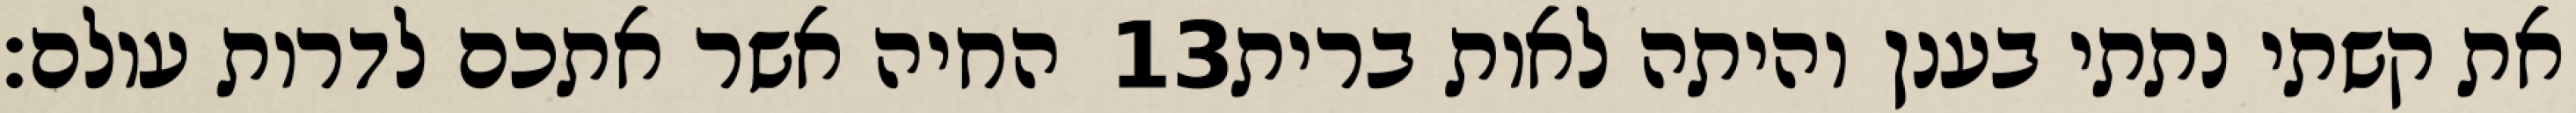
החיה אשר אתכם לדרות עולם׃ ‎13‏ את קשתי נתתי בענן והיתה לאות ברית